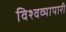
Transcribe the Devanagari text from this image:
विश्वव्यापारी